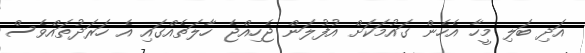
އަދި ބަލި މީހާ އެހެން ގައުމަކަށް އުފުލަން ޖެހިއްޖެ ހާލަތެއްގައި އެ ހަރަދުތައްވެސް